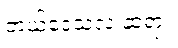
ဘယ်ဒေသလဲ ဆရာ။